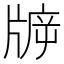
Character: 𤗙